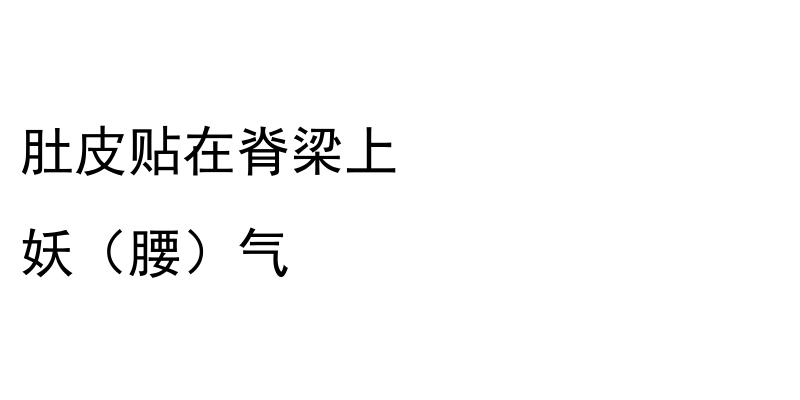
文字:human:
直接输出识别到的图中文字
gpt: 肚皮贴在脊梁上 妖（腰）气